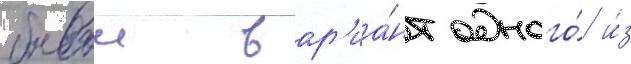
боевои вар'иа́нт одного́ и́з